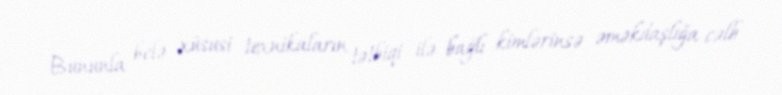
Bununla belə xüsusi texnikaların tətbiqi ilə bağlı kimlərinsə əməkdaşlığa cəlb